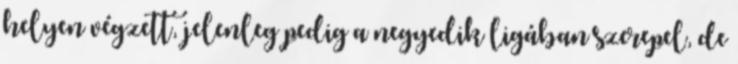
helyen végzett, jelenleg pedig a negyedik ligában szerepel, de